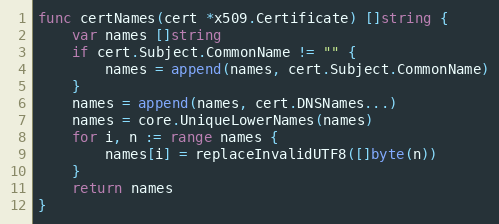
Language: Go
func certNames(cert *x509.Certificate) []string {
	var names []string
	if cert.Subject.CommonName != "" {
		names = append(names, cert.Subject.CommonName)
	}
	names = append(names, cert.DNSNames...)
	names = core.UniqueLowerNames(names)
	for i, n := range names {
		names[i] = replaceInvalidUTF8([]byte(n))
	}
	return names
}